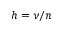
h = \nu / n